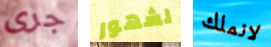
جرى لشهور لانملك